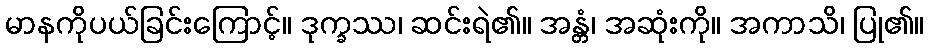
မာနကိုပယ်ခြင်းကြောင့်။ ဒုက္ခဿ၊ ဆင်းရဲ၏။ အန္တံ၊ အဆုံးကို။ အကာသိ၊ ပြု၏။